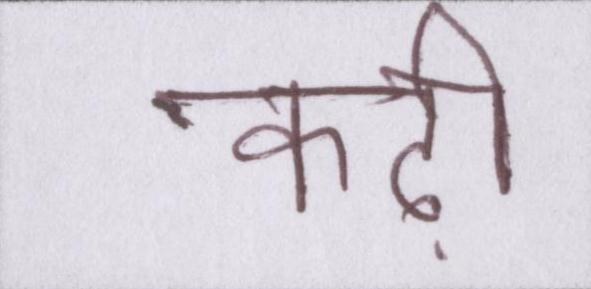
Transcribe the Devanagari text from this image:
कढ़ी